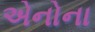
એનોના